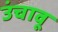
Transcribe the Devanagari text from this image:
उंचावू